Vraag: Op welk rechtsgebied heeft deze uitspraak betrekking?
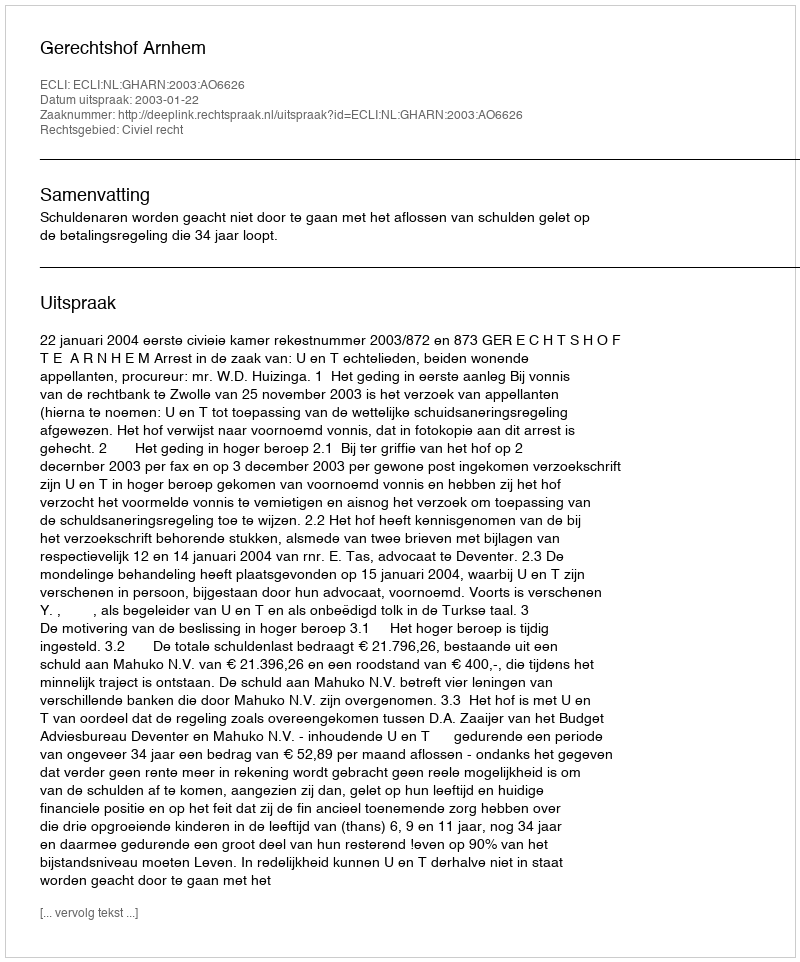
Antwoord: Civiel recht